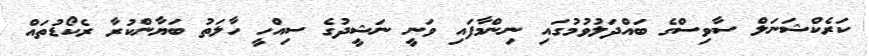
ކަރެކްޝަނަލް ސާވިސްގެ ބައްދަލުވުމުގައި ނިންމާފައި ވަނީ ނަޝީދުގެ ސިއްހީ ހާލަތު ބަޔާންކުރާ ރެކޯޑުތައް